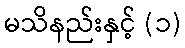
မသိနည်းနှင့် (၁)